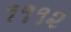
૧૧૧૨